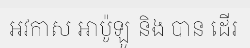
អវកាស អាប៉ូឡូ និង បាន ដើរ